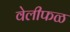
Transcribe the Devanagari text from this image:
वेलीफळ